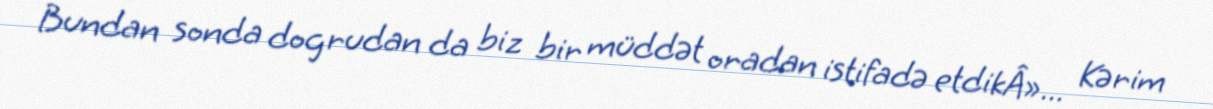
Bundan sonda dogrudan da biz bir müddət oradan istifadə etdikÂ»... Kərim